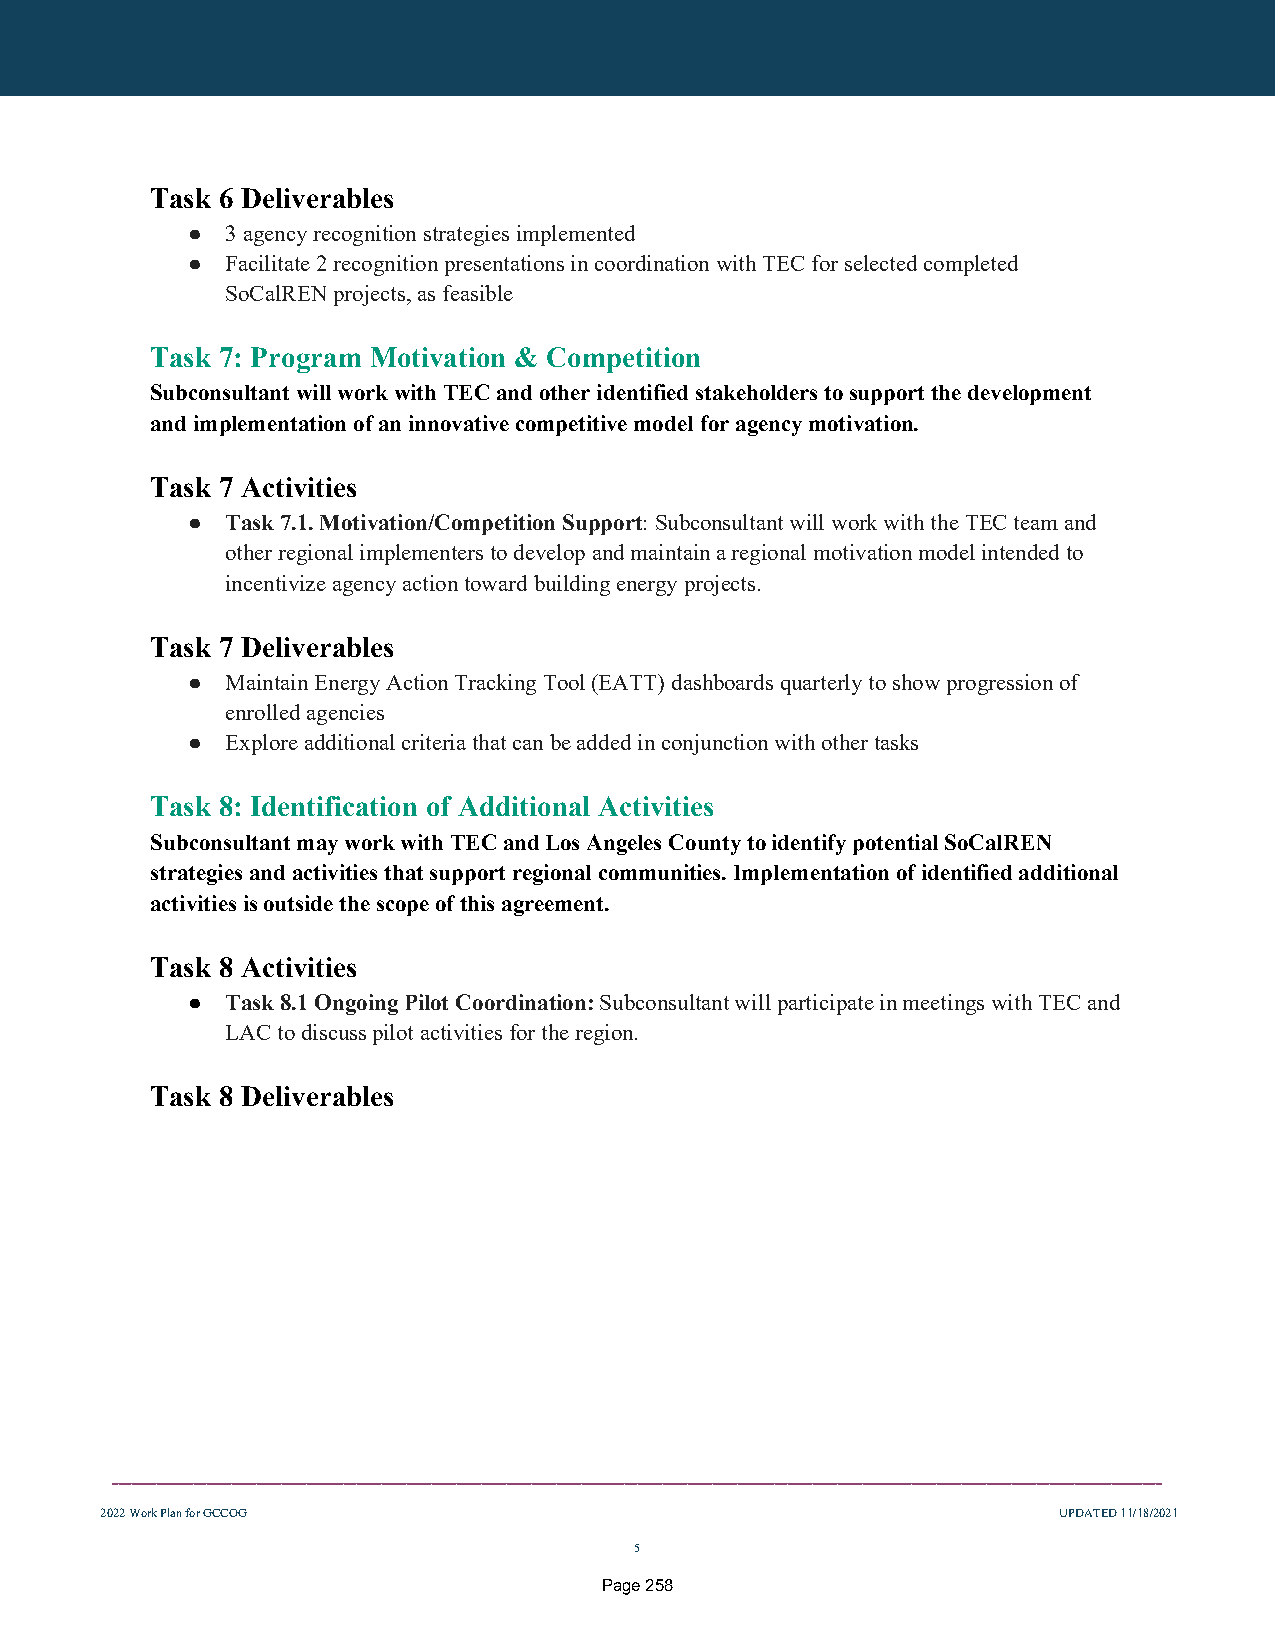
Task 6 Deliverables
 ●  3 agency recognition strategies implemented
 ●  Facilitate 2 recognition presentations in coordination with TEC for selected completed
 SoCalREN projects, as feasible
 Task 7: Program Motivation & Competition
 Subconsultant will work with TEC and other identified stakeholders to support the development
 and implementation of an innovative competitive model for agency motivation.
 Task 7 Activities
 ●  Task 7.1. Motivation/Competition Support: Subconsultant will work with the TEC team and
 other regional implementers to develop and maintain a regional motivation model intended to
 incentivize agency action toward building energy projects.
 Task 7 Deliverables
 ●  Maintain Energy Action Tracking Tool (EATT) dashboards quarterly to show progression of
 enrolled agencies
 ●  Explore additional criteria that can be added in conjunction with other tasks
 Task 8: Identification of Additional Activities
 Subconsultant may work with TEC and Los Angeles County to identify potential SoCalREN
 strategies and activities that support regional communities. Implementation of identified additional
 activities is outside the scope of this agreement.
 Task 8 Activities
 ●  Task 8.1 Ongoing Pilot Coordination: Subconsultant will participate in meetings with TEC and
 LAC to discuss pilot activities for the region.
 Task 8 Deliverables
 ________________________________________________________________________________________________________________________________________________________________________
 2022 Work Plan for GCCOG                                       UPDATED 11/18/2021
 5
 Page 258